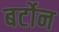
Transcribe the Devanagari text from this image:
बर्टोन